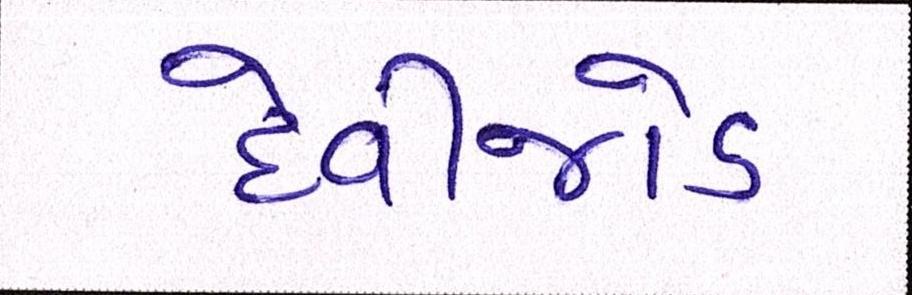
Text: દેવીજોડ